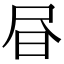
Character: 𭥜